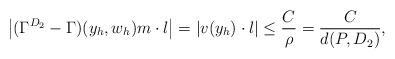
LaTeX: \begin{align*} \left|(\Gamma^{D_2}-\Gamma)(y_h,w_h)m\cdot l\right| = |v(y_h)\cdot l|\leq \frac{C}{\rho} = \frac{C}{d(P,D_2)},\end{align*}